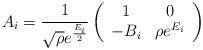
LaTeX: \begin{align*}A_{i}={1\over \sqrt{\rho} e^{E_{i} \over 2}} \left( \begin{array}{cc} 1&0\\ -B_{i}&\rho e^{E_{i}} \end{array} \right)\end{align*}